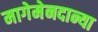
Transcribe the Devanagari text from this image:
मागेमेनदान्या